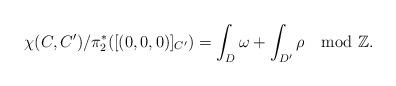
LaTeX: \begin{align*}\chi(C, C')/\pi_{2}^{*}([(0, 0, 0)]_{C'}) = \int_{D} \omega + \int_{D'} \rho \mod \mathbb{Z}.\end{align*}